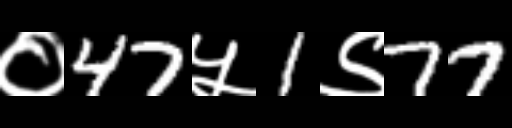
Text: ०47५1९77